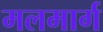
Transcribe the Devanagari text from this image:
मलमार्ग